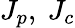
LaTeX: J_{p},\ J_{c}